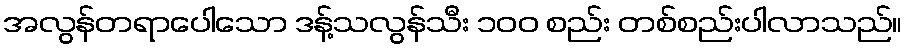
အလွန်တရာပေါသော ဒန့်သလွန်သီး ၁၀၀ စည်း တစ်စည်းပါလာသည်။